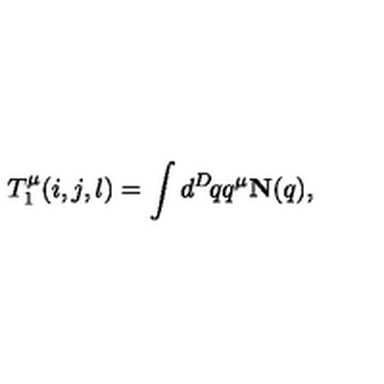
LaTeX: T _ { 1 } ^ { \mu } ( i , j , l ) = \int d ^ { D } \! q q ^ { \mu } { \bf N } ( q ) ,